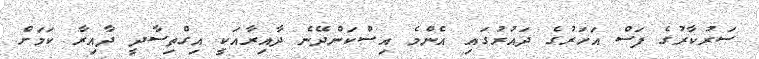
ސަރުކާރުގެ ފަސް އަހަރުގެ ދައުރުގައި އެންމެ އިސްކަންދޭނެ ދާއިރާއަކީ އިގްތިސާދީ ދާއިރާ ކަމަށް